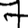
Digit: 7